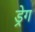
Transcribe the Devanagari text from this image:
ड्रेग